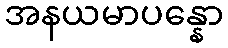
အနယမာပန္နော